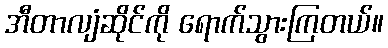
အီတာလျံဆိုင်ကို ရောက်သွားကြတယ်။